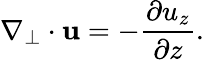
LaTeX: \nabla_{\perp}\cdot{\mathbf u}=-\frac{\partial u_{z}}{\partial z}.